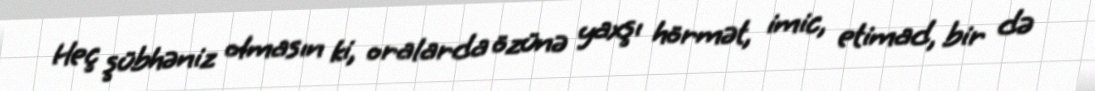
Heç şübhəniz olmasın ki, oralarda özünə yaxşı hörmət, imic, etimad, bir də